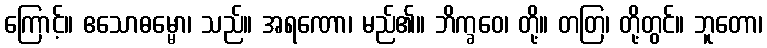
ကြောင့်။ ဧသောဓမ္မော၊ သည်။ အရဏော၊ မည်၏။ ဘိက္ခဝေ၊ တို့။ တတြ၊ တို့တွင်။ ဘူတော၊